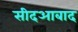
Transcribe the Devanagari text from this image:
सीदआबाद